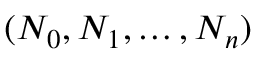
( N _ { 0 } , N _ { 1 } , \dots , N _ { n } )